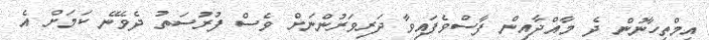
އިމްތިހާނުން ދެ މާއްދާއިން ފާސްވެފައިވާ ދަރިވަރުންނަށް ވެސް ފުރުސަތު ދެވޭނެ ކަމަށް އެ